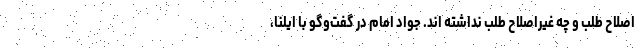
اصلاح طلب و چه غیراصلاح طلب نداشته اند. جواد امام در گفت‌وگو با ایلنا،